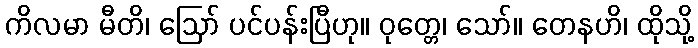
ကိလမာ မီတိ၊ ဩော် ပင်ပန်းပြီဟု။ ဝုတ္တေ၊ သော်။ တေနဟိ၊ ထိုသို့